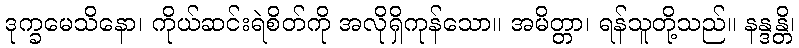
ဒုက္ခမေသိနော၊ ကိုယ်ဆင်းရဲစိတ်ကို အလိုရှိကုန်သော။ အမိတ္တာ၊ ရန်သူတို့သည်။ နန္ဒန္တိ၊